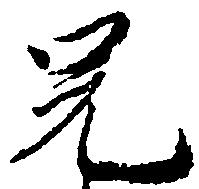
兄